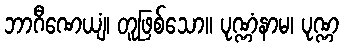
ဘာဂီဏေယျံ၊ တူဖြစ်သော။ ပုဏ္ဏံနာမ၊ ပုဏ္ဏ